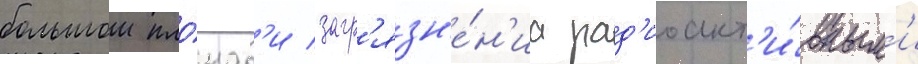
большои пло́щад'и загр'язн'е́н'иа рад'иоакт'и́вным'и